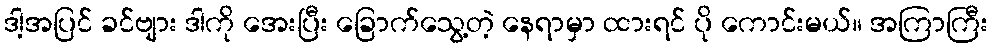
ဒါ့အပြင် ခင်ဗျား ဒါကို အေးပြီး ခြောက်သွေ့တဲ့ နေရာမှာ ထားရင် ပို ကောင်းမယ်။ အကြာကြီး